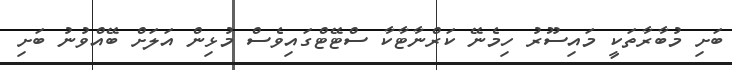
ބަށި މުބާރާތަކީ މައިސޫރު ހިމެނޭ ކަރްނާޓާކާ ސްޓޭޓްގައިވެސް މުޅިން އަލަށް ބޭއްވުނު ބަށި